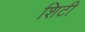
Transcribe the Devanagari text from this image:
शिटी